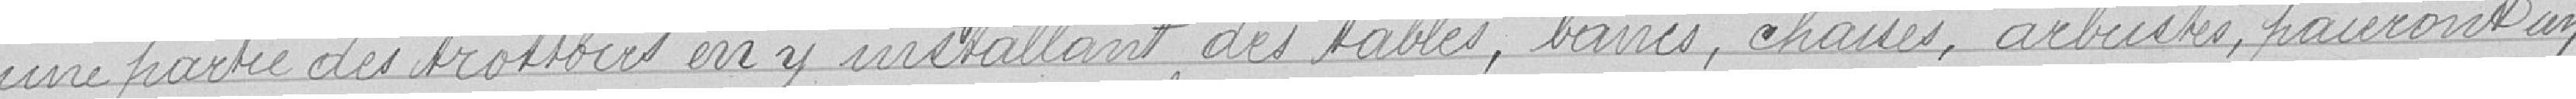
une partie des trottoirs en y installant des tables, bancs, chaises, arbustes, paieront un